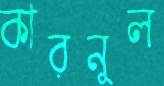
কারনুল